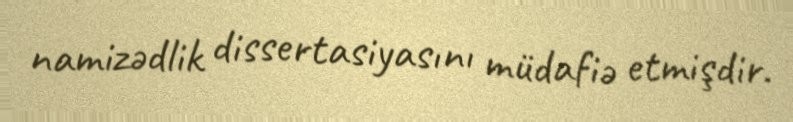
namizədlik dissertasiyasını müdafiə etmişdir.